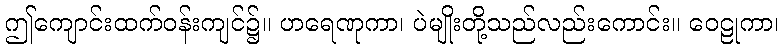
ဤကျောင်းထက်ဝန်းကျင်၌။ ဟရေဏုကာ၊ ပဲမျိုးတို့သည်လည်းကောင်း။ ဝေဠုကာ၊